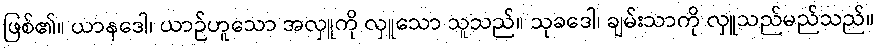
ဖြစ်၏။ ယာနဒေါ၊ ယာဉ်ဟူသော အလှူကို လှူသော သူသည်။ သုခဒေါ၊ ချမ်းသာကို လှူသည်မည်သည်။